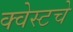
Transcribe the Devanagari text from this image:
क्वेस्टचे